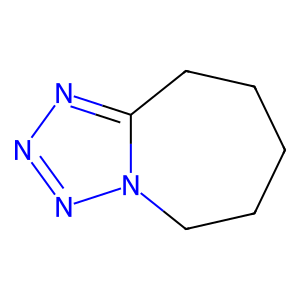
SMILES: C1CCc2nnnn2CC1
Inhibits HIV replication: No